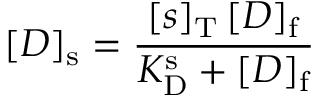
[ D ] _ { \mathrm { s } } = \frac { [ s ] _ { \mathrm { T } } \, [ D ] _ { \mathrm { f } } } { K _ { \mathrm { D } } ^ { \mathrm { s } } + [ D ] _ { \mathrm { f } } }